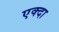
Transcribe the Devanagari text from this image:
एक्दा